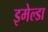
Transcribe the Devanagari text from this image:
इमेल्डा